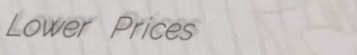
Lower Prices